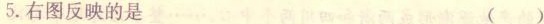
5.右图反映的是 ()